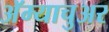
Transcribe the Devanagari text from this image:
अॅम्याचुअर